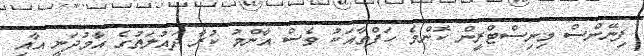
ފިނޭންސް މިނިސްޓްރީން ކޮންމެ ހަފްތާއަކު ވެސް އާންމު ކުރާ ދައުލަތުގެ އާމުދަނީ އާއި